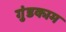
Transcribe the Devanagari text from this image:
गुंडकाम